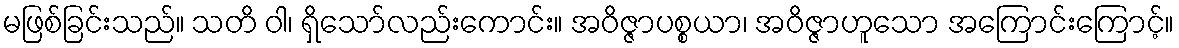
မဖြစ်ခြင်းသည်။ သတိ ဝါ၊ ရှိသော်လည်းကောင်း။ အဝိဇ္ဇာပစ္စယာ၊ အဝိဇ္ဇာဟူသော အကြောင်းကြောင့်။